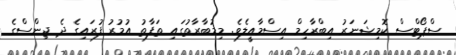
ސްޕޯޓްސް ކޮމިޝަނަރު އިބްރާހިމް އިސްމާއީލެވެ. މިމުބާރާތުގައި ތަފާތު އުމުރު ފުރައިގެ ދެ ޖިންސްގެ